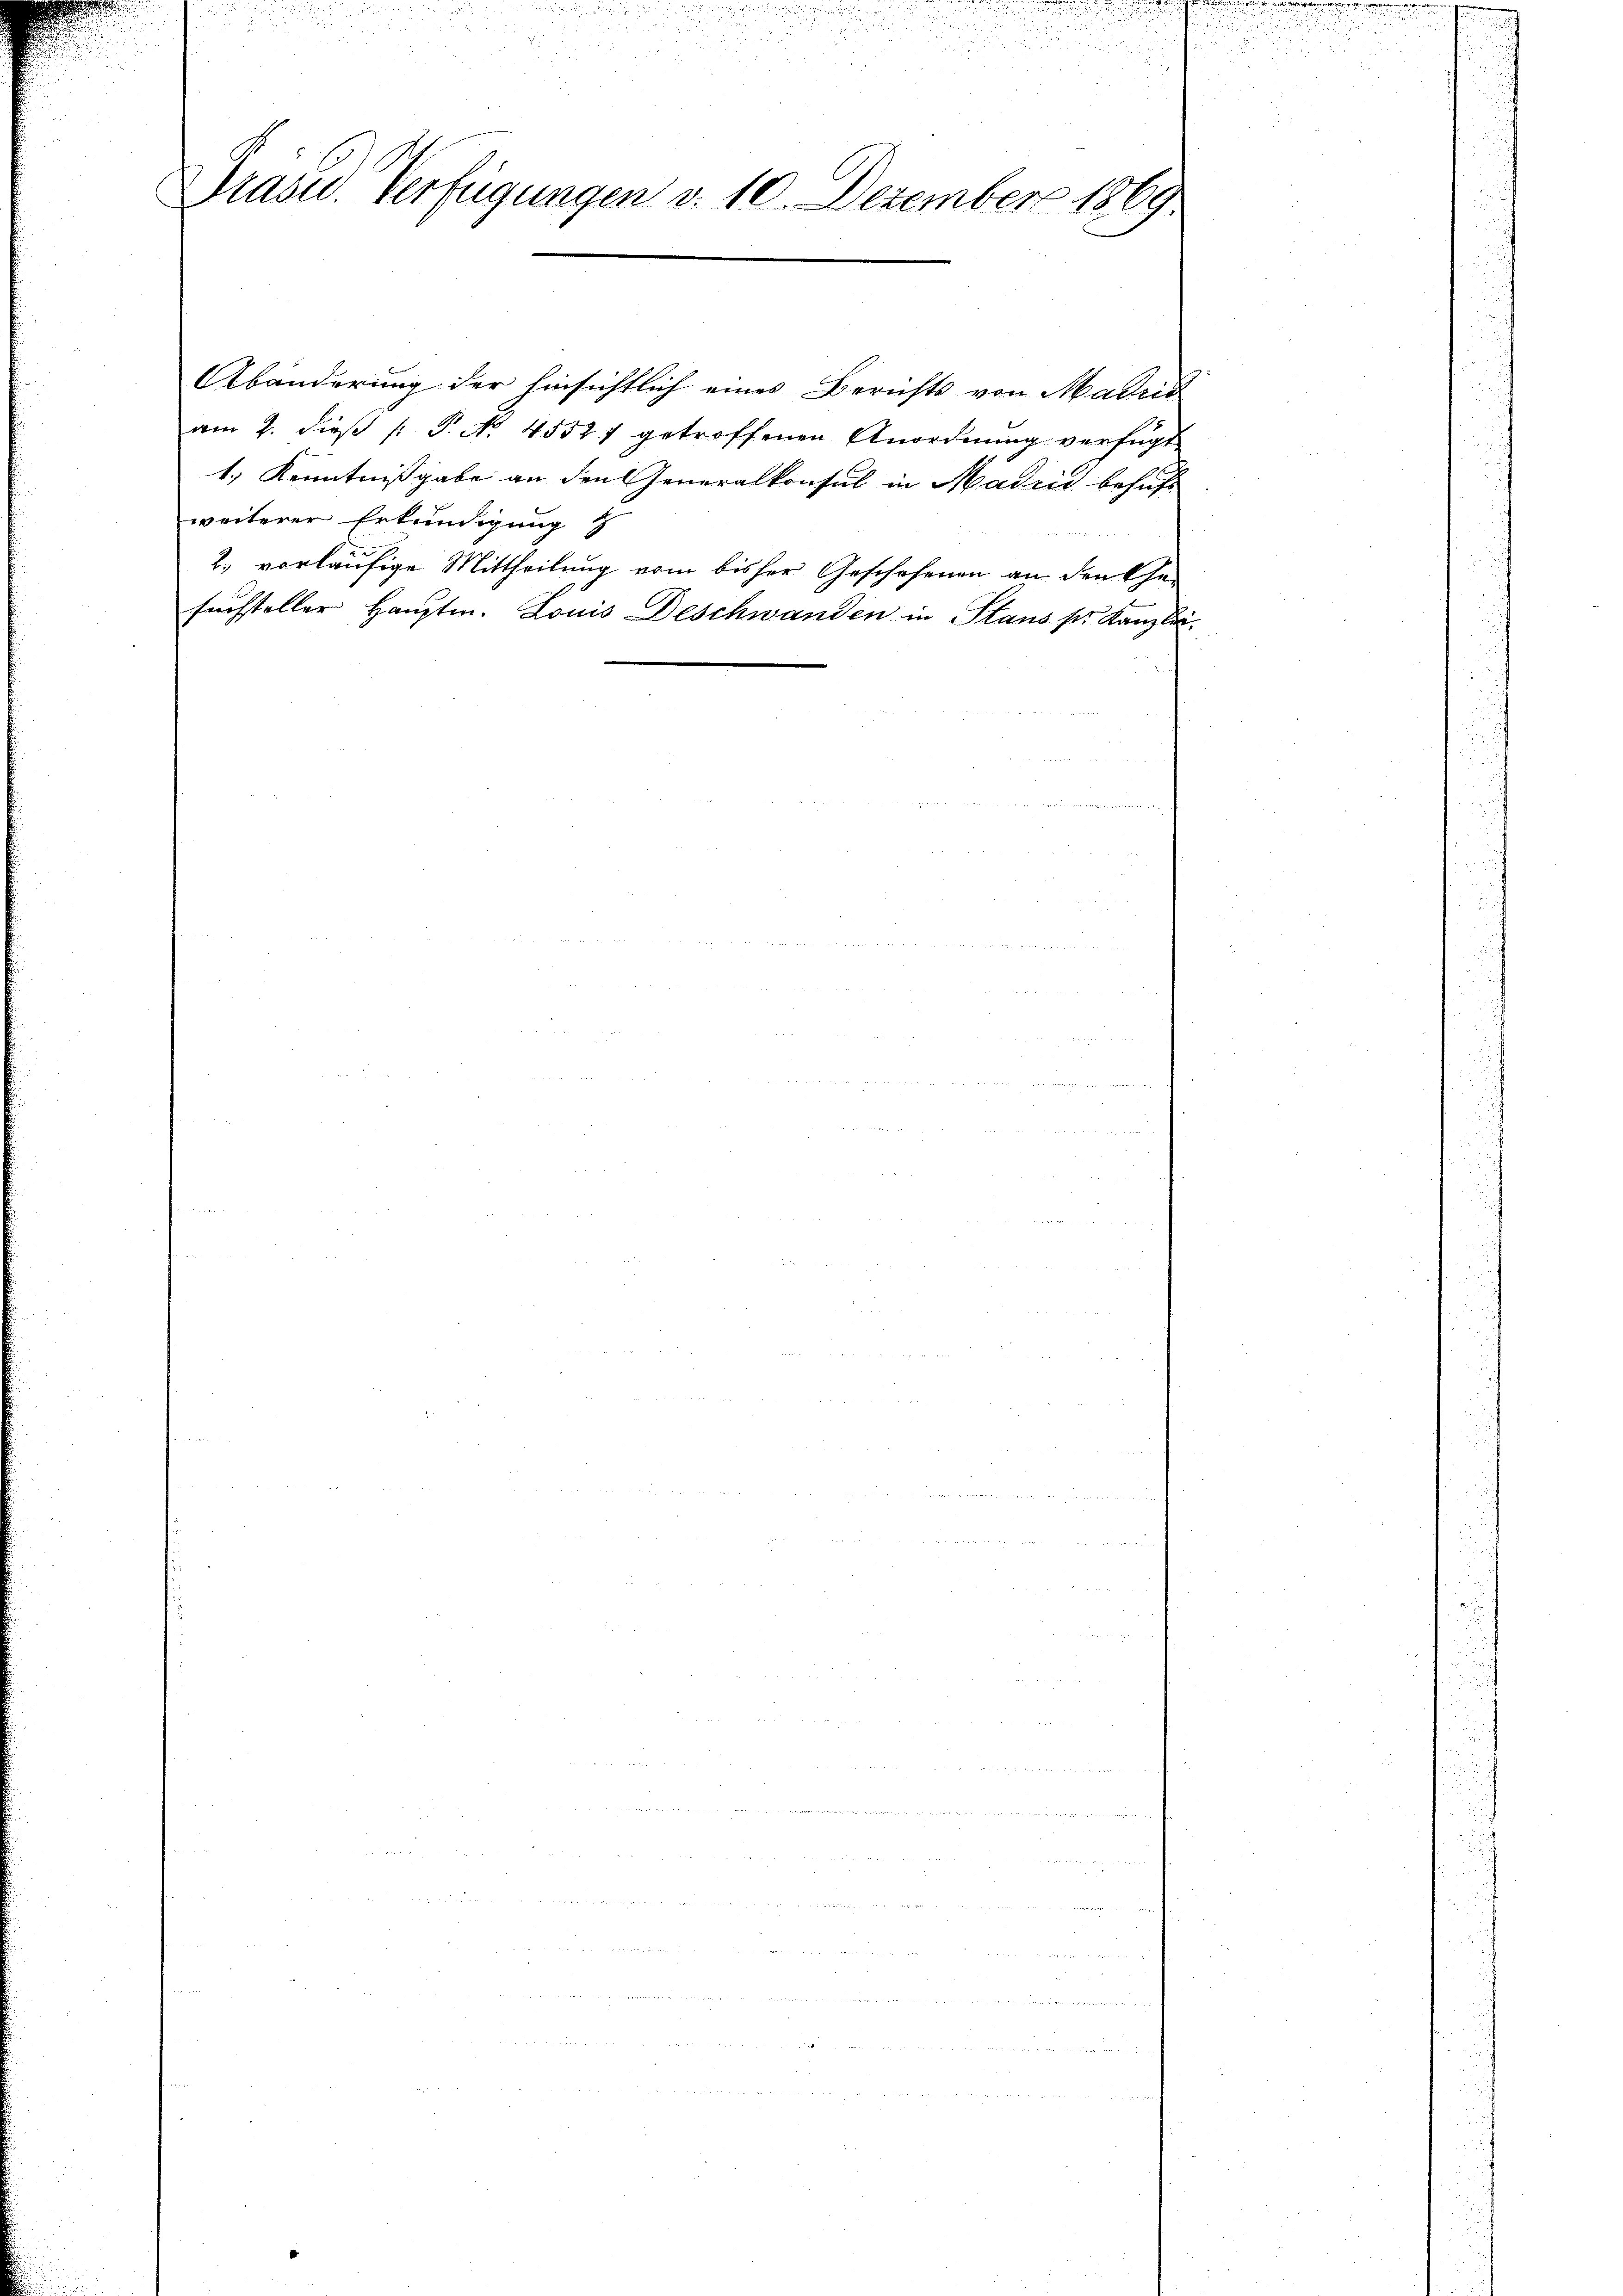
Präsid. Verfügungen d. 10. Dezember 1869

e

u

Abänderung der hinsichtlich eines Berichts von Madrić
am 2. dieβ (: P. No. 4552) getroffenen Anordnŭng verfügt
1.) Kenntnißgabe an den Generalkonsul in Madin behuf
weiterer Erkundigung
2. vorläufige Mittheilung vom bisher Geschehenen an den Ehe-
suchsteller Hauptm. Louis Deschwanden in Staus ser Kanzlei,